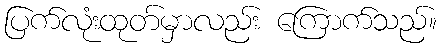
ပြက်လုံးထုတ်မှာလည်း ကြောက်သည်။